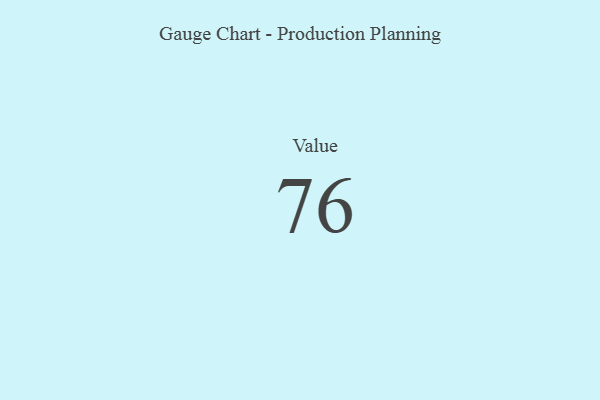
{"axis": {"x": "Metric", "y": "Value"}, "legend": [""], "data": [{"x": "Value", "y": 76, "type": ""}]}